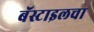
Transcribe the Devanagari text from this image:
बॅस्टाइलचा